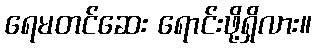
ရေမတင်ဆေး ရောင်းဖို့ရှိလား။